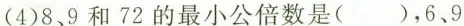
(4)8、9和72的最小公倍数是( )，6.9